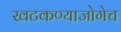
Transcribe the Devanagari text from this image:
खटकण्याजोगेच